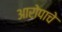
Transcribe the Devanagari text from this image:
आरोपाचे